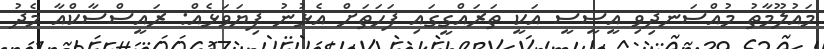
މައުލޫމާތު މުއްސަނދިވި އީސީސީ އަކީ ތަރައްގީގައި ފަހަތަށް އެޅުނު ފިޔަވަޅެއް: ރައީސްސާކްއާ މެދު